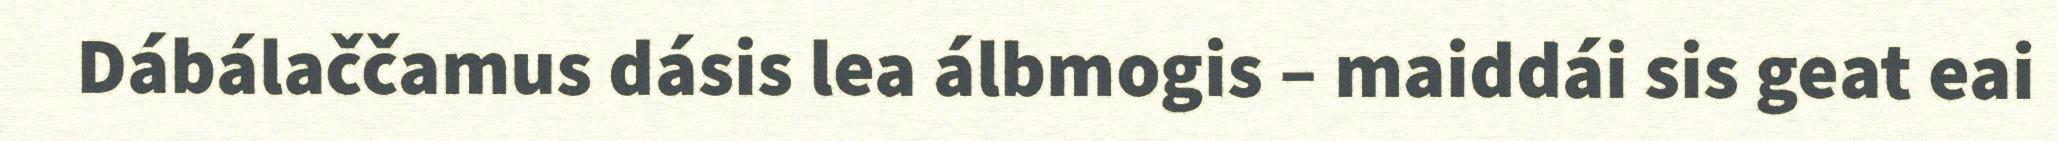
Dábálaččamus dásis lea álbmogis – maiddái sis geat eai